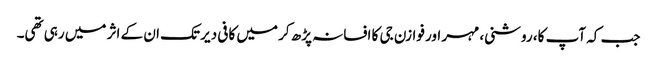
جب کہ آپ کا، روشنی، مہر اور فوازن جی کا افسانہ پڑھ کر میں کافی دیر تک ان کے اثر میں رہی تھی۔